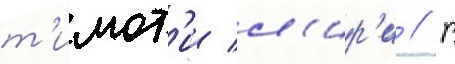
т'имот'и л'ир'и // В